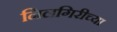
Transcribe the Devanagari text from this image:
निलगिरीच्या